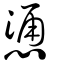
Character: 慂